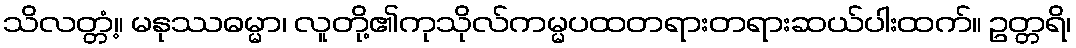
သိလတ္တံ့။ မနုဿဓမ္မာ၊ လူတို့၏ကုသိုလ်ကမ္မပထတရားတရားဆယ်ပါးထက်။ ဥတ္တရိ၊